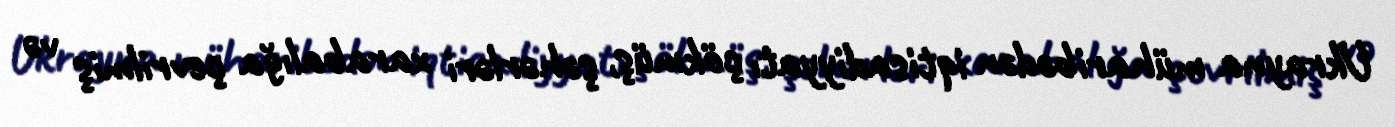
Ukrayna müharibədən iqtisadiyyatı çökmüş, şəhərləri xarabalığa çevrilmiş və